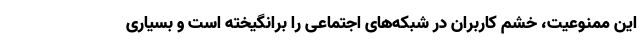
این ممنوعیت، خشم کاربران در شبکه‌های اجتماعی را برانگیخته است و بسیاری